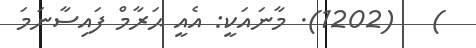
)   (1202). މާނައަކީ: އެއީ ޙަރާމް ފައިސާނަމަ